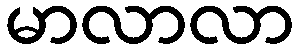
မာလာလာ